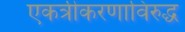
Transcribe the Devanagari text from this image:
एकत्रीकरणाविरुद्ध